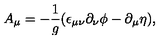
A _ { \mu } = - \frac { 1 } { g } ( \epsilon _ { \mu \nu } \partial _ { \nu } \phi - \partial _ { \mu } \eta ) ,